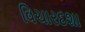
વિચારદશા